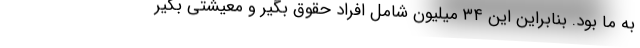
به ما بود. بنابراین این ۳۴ میلیون شامل افراد حقوق بگیر و معیشتی بگیر